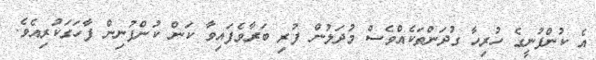
އެ ކުންފުނީގެ ހުރިހާ ގުދަންތަކެއްވެސް މުދަލުން ފުރި ބަރާވެފައިވާ ކަން ކުންފުނިން ފާހަގަކުރިއެވެ.